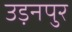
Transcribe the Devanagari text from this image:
उड़नपुर